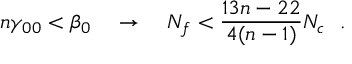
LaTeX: n \gamma _ { 0 0 } < \beta _ { 0 } ~ ~ ~ \to ~ ~ ~ N _ { f } < { \frac { 1 3 n - 2 2 } { 4 ( n - 1 ) } } N _ { c } ~ ~ .